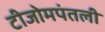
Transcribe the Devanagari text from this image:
टीजोमपंतली